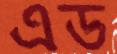
এড